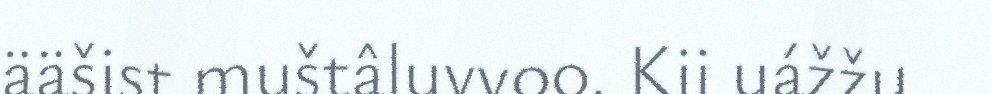
ääšist muštâluvvoo. Kii uážžu